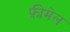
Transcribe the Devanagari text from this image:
फ़ीमेल